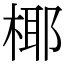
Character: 椰